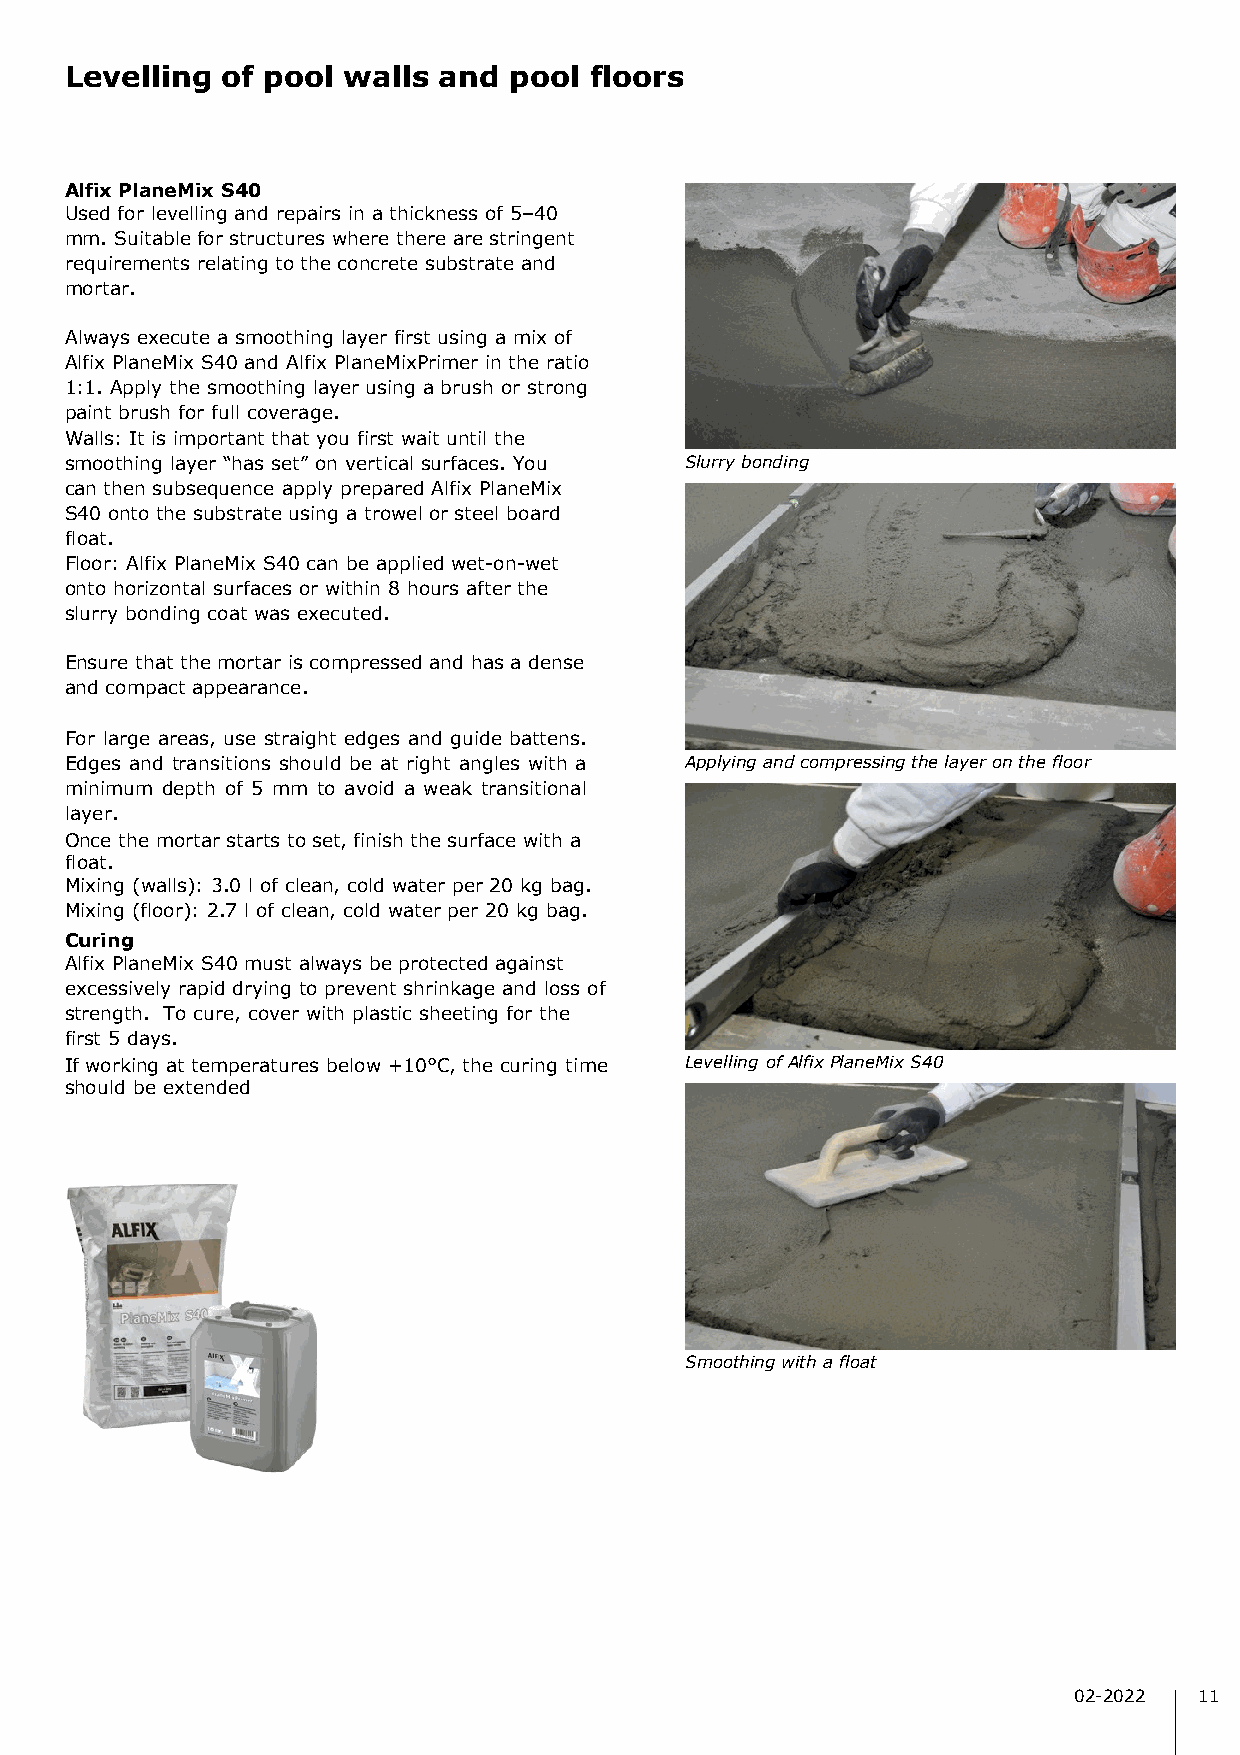
Levelling  of pool walls and  pool floors
 Alfix PlaneMix S40
 Used for levelling and repairs in a thickness of 5–40
 mm. Suitable for structures where there are stringent
 requirements relating to the concrete substrate and
 mortar.
 Always execute a smoothing layer first using a mix of
 Alfix PlaneMix S40 and Alfix PlaneMixPrimer in the ratio
 1:1. Apply the smoothing layer using a brush or strong
 paint brush for full coverage.
 Walls: It is important that you first wait until the
 smoothing layer “has set” on vertical surfaces. You Slurry bonding
 can then subsequence apply prepared Alfix PlaneMix
 S40 onto the substrate using a trowel or steel board
 float.
 Floor: Alfix PlaneMix S40 can be applied wet-on-wet
 onto horizontal surfaces or within 8 hours after the
 slurry bonding coat was executed.
 Ensure that the mortar is compressed and has a dense
 and compact appearance.
 For large areas, use straight edges and guide battens.
 Edges and transitions should be at right angles with a Applying and compressing the layer on the floor
 minimum depth of 5 mm to avoid a weak transitional
 layer.
 Once the mortar starts to set, finish the surface with a
 float.
 Mixing (walls): 3.0 l of clean, cold water per 20 kg bag.
 Mixing (floor): 2.7 l of clean, cold water per 20 kg bag.
 Curing
 Alfix PlaneMix S40 must always be protected against
 excessively rapid drying to prevent shrinkage and loss of
 strength. To cure, cover with plastic sheeting for the
 first 5 days.
 If working at temperatures below +10°C, the curing time Levelling of Alfix PlaneMix S40
 should be extended
 Smoothing with a float
 02-2022 11